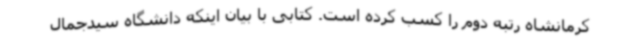
کرمانشاه رتبه دوم را کسب کرده است. کتابی با بیان اینکه دانشگاه سیدجمال